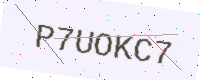
Text: P7UOKC7